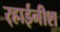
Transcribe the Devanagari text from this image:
र्‍हाईनीश